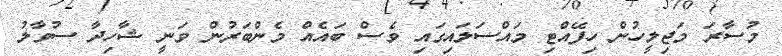
މުސާރަ މަޖިލީހުން ހިފޭއްޓި މައްސަލައިގައި ވެސް ބައެއް މެންބަރުން ވަނީ ޝާހިދާ ސުވާލު